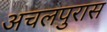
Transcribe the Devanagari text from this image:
अचलपुरास